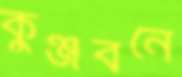
কুঞ্জবনে